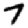
Digit: 7